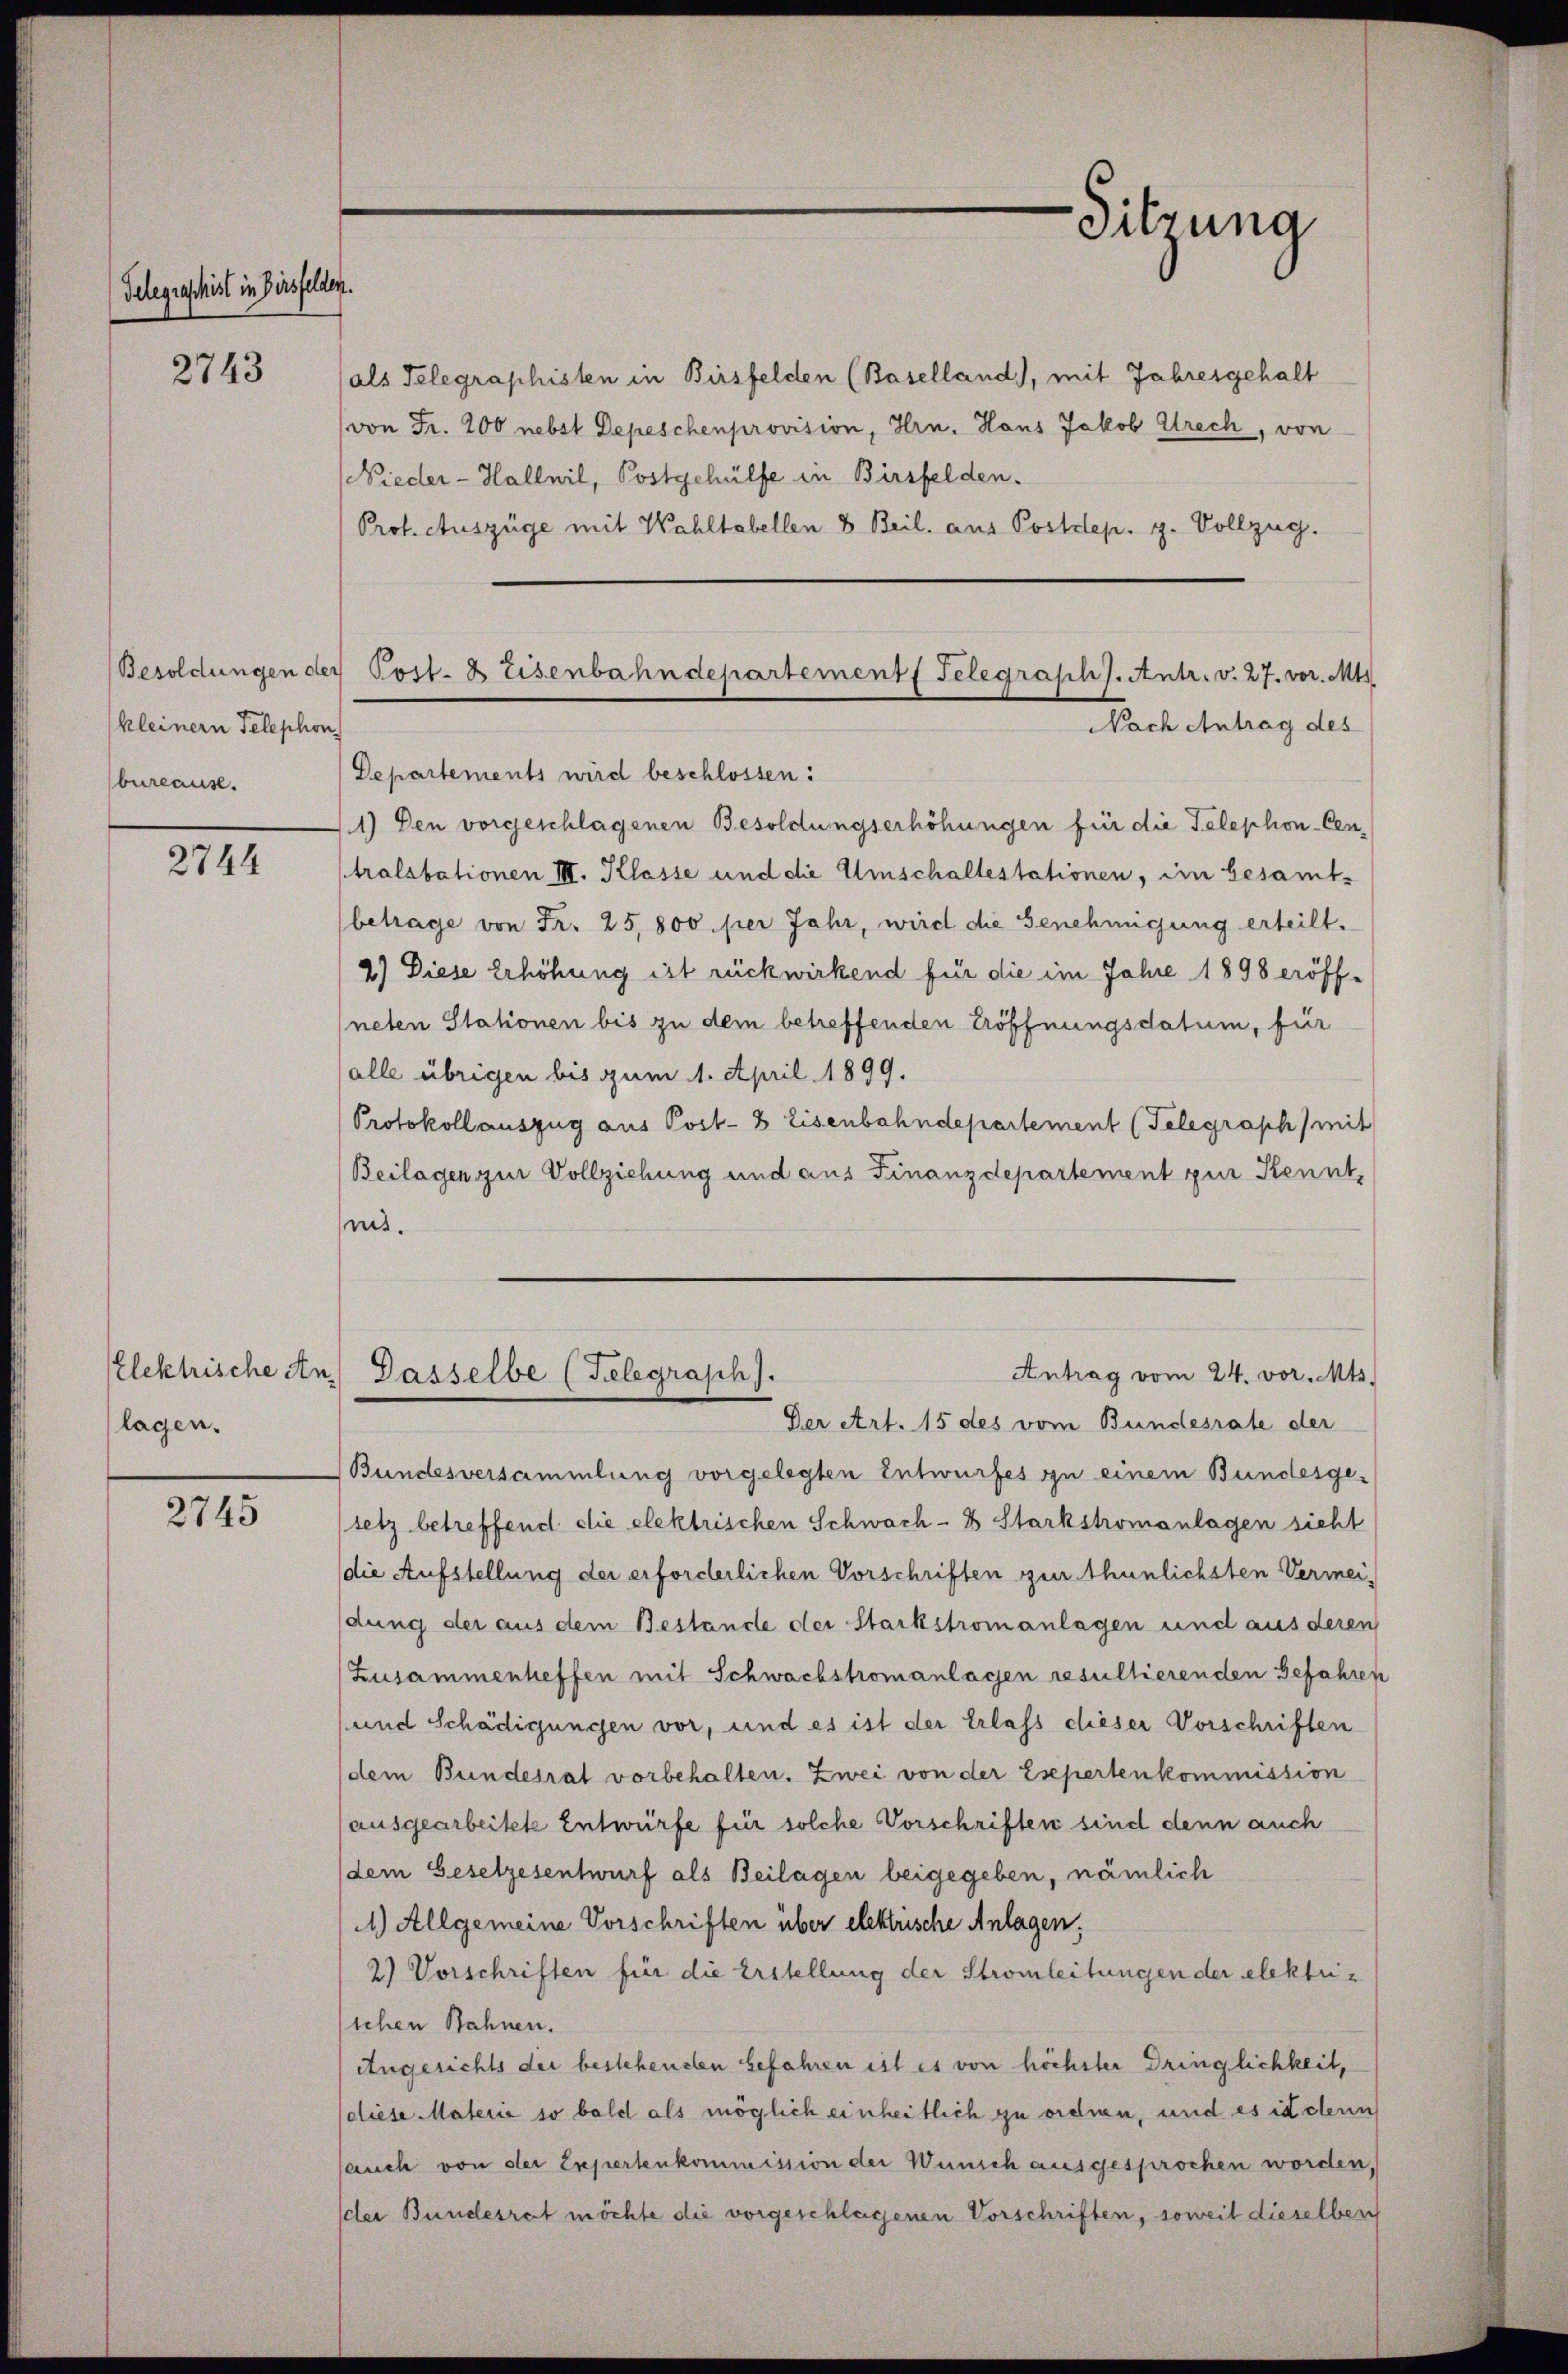
Telegraschiest in Versfelden.

2743

2744

Elektrische A
lagen.

2745

kleinern Telephon
bureause.

Sitzung

Departements wird beschlossen:
1) Den vorgeschlagenen Besoldungserhöhungen für die Telephon-Centralstationen III. Klasse und die Umschaltestationen, im besamt-
betrage von Fr. 25,800 per Jahr, wird die Genehmigung erteilt.
2) Diese Erhöhung ist rückwirkend für die im Jahre 1898 eröffneten Stationen bis zu dem betreffenden Eröffnungsdatum, für
(alle übrigen bis zum 1. April 1899.
Protokoll auszug aus Post- 8 Eisenbahndepartement (Telegraph (mit
Beilagen zur Vollziehung und aus Finanzdepartement zur Kennt,
mit.
Der Art. 15 des vom Bundesrate der
Bundesversammlung vorgelegten Entwurfes zu einem Bundesgesetz betreffend die elektrischen Schwach- & Starkstromanlagen sicht
die Aufstellung der erforderlichen Vorschriften zur thunlichsten Vermeidung der aus dem Bestande der Stackstromanlagen und aus deren
Zusammenheffen mit Schwachstromanlagen resultierenden Gefahren
und Schädigungen vor, und es ist der Erlass dieser Vorschriften
dem Bundesrat vorbehalten. Zwei von der Esepertenkommission
(ausgearbeitete Entwürfe für solche Vorschriften sind denn auch
(dem Gesetzesentwurf als Beilagen beigegeben, nämlich
11) Allgemeine Vorschriften über elektrische Anlagen;
2) Vorschriften für die Erstellung der Stromleitungen der elektrisichen Bahnen.
Angerichts der bestehenden befahren ist es von höchster Dringlichkeit,
(diese Materie so bald als möglich einheitlich zu ordnen, und es in clenn
auch von der Expertenkommission der Wünsch ausgesprochen worden,
der Bundesrat möchte die vorgeschlagenen Vorschriften, soweit dieselben

als Telegraphisten in Birsfelden (Baselland, mit Jahresgehalt
von Fr. 200 nebst Depeschenprovision, Hrn. Hans Jakob Strech, von
(Nieder-Hallwil, Postgehülfe in Birsfelden.
Prof. Auszüge mit Wahltabellen & Beil. aus Postdep. g. Vollzug.

Besoldungen der Post- & Eisenbahndepartement Telegraph s. Antr. v. 27. vor. Mts
Nach Antrag des

Antrag vom 24. vor. Mts.
a.) Dasselbe (Telegrasch).